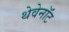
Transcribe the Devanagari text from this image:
थेवेनॉट